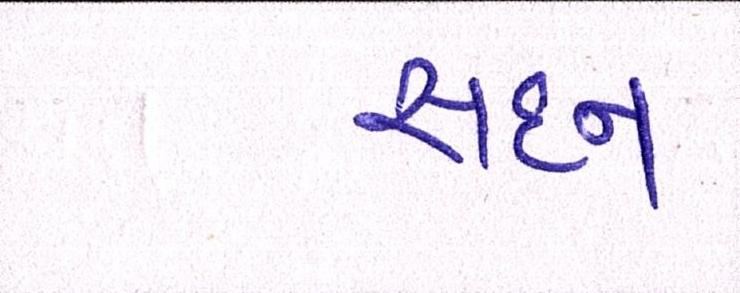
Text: સદન